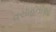
વસાહતીઓ